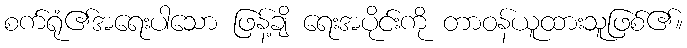
စက်ရုံ၏အရေးပါသော ဖြန့်ချိ ရေးအပိုင်းကို တာဝန်ယူထားသူဖြစ်၏။